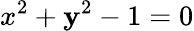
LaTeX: x^{2}+\mathbf{y}^{2}-1=0